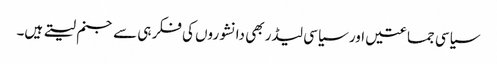
سیاسی جماعتیں اور سیاسی لیڈر بھی دانشوروں کی فکر ہی سے جنم لیتے ہیں۔